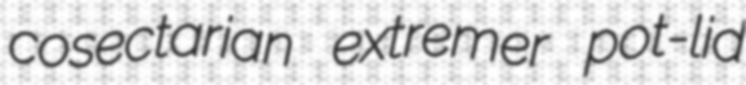
cosectarian extremer pot-lid